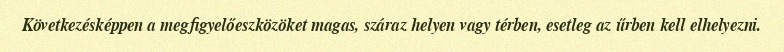
Következésképpen a megfigyelőeszközöket magas, száraz helyen vagy térben, esetleg az űrben kell elhelyezni.